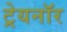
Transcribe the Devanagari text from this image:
ट्रेयनॉर